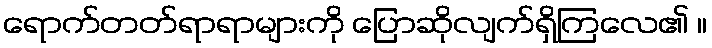
ရောက်တတ်ရာရာများကို ပြောဆိုလျက်ရှိကြလေ၏ ။